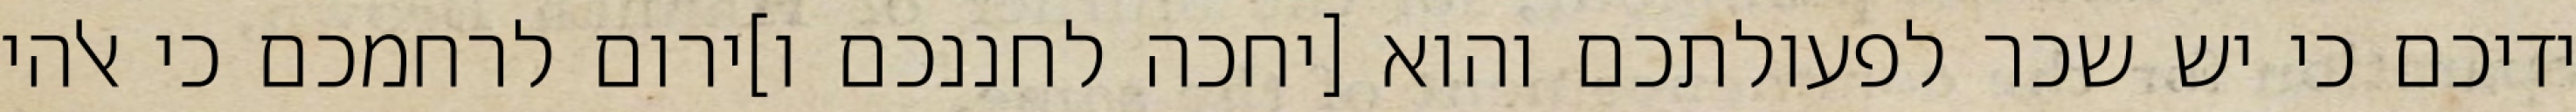
ידיכם כי יש שכר לפעולתכם והוא [יחכה לחננכם ו]ירום לרחמכם כי אלהי